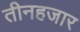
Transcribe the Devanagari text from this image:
तीनहजार